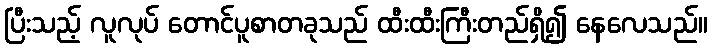
ပြီးသည့် လူလုပ် တောင်ပူစာတခုသည် ထီးထီးကြီးတည်ရှိ၍ နေလေသည်။